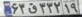
۶۳ق۳۲۲۱۹